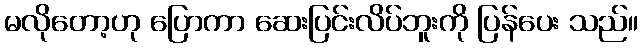
မလိုတော့ဟု ပြောကာ ဆေးပြင်းလိပ်ဘူးကို ပြန်ပေး သည်။